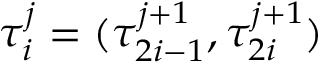
\tau _ { i } ^ { j } = ( \tau _ { 2 i - 1 } ^ { j + 1 } , \tau _ { 2 i } ^ { j + 1 } )